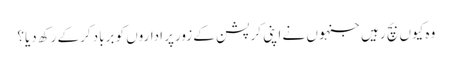
وہ کیوں بچ رہیں جنہوں نے اپنی کرپشن کے زورپر اداروں کو برباد کرکے رکھ دیا؟